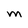
Character: M